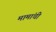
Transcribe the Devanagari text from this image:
मामांची